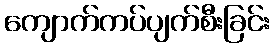
ကျောက်ကပ်ပျက်စီးခြင်း